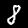
Digit: 8